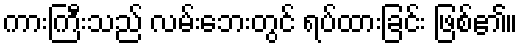
ကားကြီးသည် လမ်းဘေးတွင် ရပ်ထားခြင်း ဖြစ်၏။